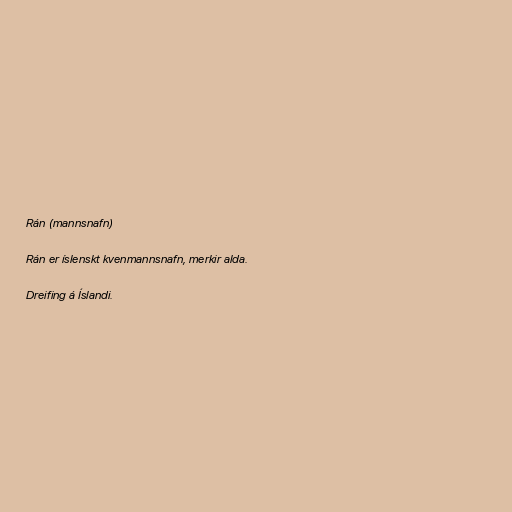
Rán (mannsnafn)

Rán er íslenskt kvenmannsnafn, merkir alda.

Dreifing á Íslandi.